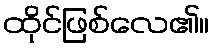
ထိုင်ဖြစ်လေ၏။